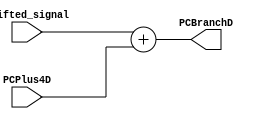
module adder(

input wire [31:0]PCPlus4D,
input wire [31:0]shifted_signal,
output wire [31:0]PCBranchD

);

assign PCBranchD = shifted_signal + PCPlus4D ;


endmodule